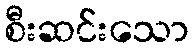
စီးဆင်းသော